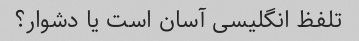
تلفظ انگلیسی آسان است یا دشوار؟